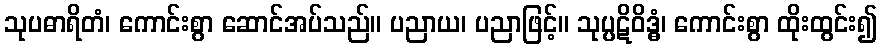
သုပဓာရိတံ၊ ကောင်းစွာ ဆောင်အပ်သည်။ ပညာယ၊ ပညာဖြင့်။ သုပ္ပဋိဝိဒ္ဓံ၊ ကောင်းစွာ ထိုးထွင်း၍